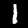
Label: 1